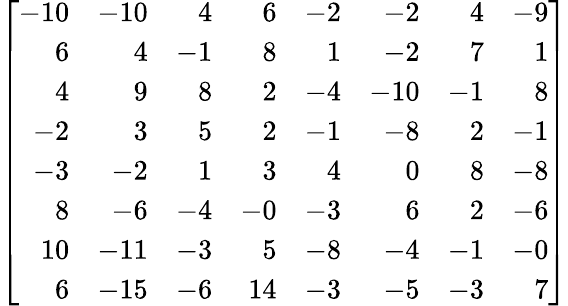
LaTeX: \left[{\begin{array}{rrrrrrrr}{-10}&{-10}&{4}&{6}&{-2}&{-2}&{4}&{-9}\\ {6}&{4}&{-1}&{8}&{1}&{-2}&{7}&{1}\\ {4}&{9}&{8}&{2}&{-4}&{-10}&{-1}&{8}\\ {-2}&{3}&{5}&{2}&{-1}&{-8}&{2}&{-1}\\ {-3}&{-2}&{1}&{3}&{4}&{0}&{8}&{-8}\\ {8}&{-6}&{-4}&{-0}&{-3}&{6}&{2}&{-6}\\ {10}&{-11}&{-3}&{5}&{-8}&{-4}&{-1}&{-0}\\ {6}&{-15}&{-6}&{14}&{-3}&{-5}&{-3}&{7}\end{array}}\right]